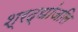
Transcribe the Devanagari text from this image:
श्रद्धांजलि